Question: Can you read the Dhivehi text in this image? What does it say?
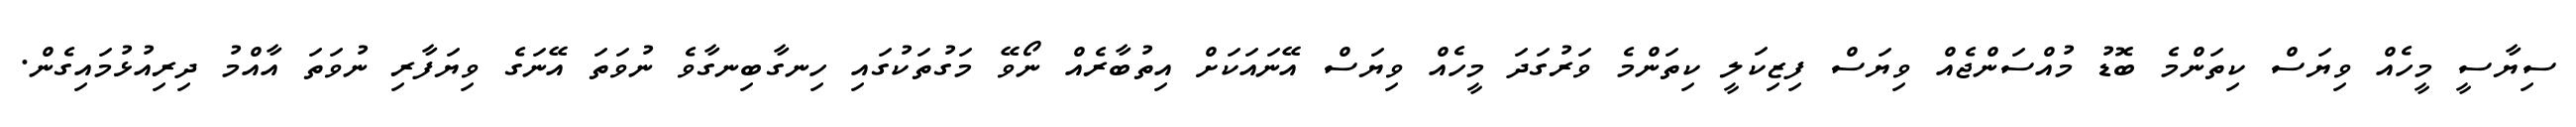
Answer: ސިޔާސީ މީހެއް ވިޔަސް ކިތަންމެ ބޮޑު މުއްސަންޖެއް ވިޔަސް ފިޒިކަލީ ކިތަންމެ ވަރުގަދަ މީހެއް ވިޔަސް އޭނައަކަށް އިތުބާރެއް ނޯވޭ މަގުތަކުގައި ހިނގާބިނގާވެ ނުވަތަ އޭނަގެ ވިޔަފާރި ނުވަތަ އާއްމު ދިރިއުޅުމައިގެން.